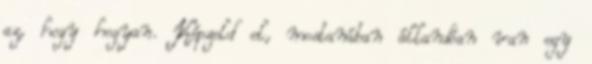
az, hogy hogyan. Képzeld el, mostanában állandóan van egy